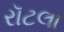
રૉટલા